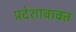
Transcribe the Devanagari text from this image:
प्रदेशाबाबत